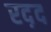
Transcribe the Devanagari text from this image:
रद़द